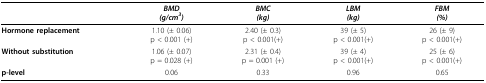
|  | BMD(g/cm3) | BMC(kg) | LBM(kg) | FBM(%) |
 | --- | --- | --- | --- | --- |
 | Hormone replacement | 1.10 (± 0.06)p < 0.001 (+) | 2.40 (± 0.3)p < 0.001(+) | 39 (± 5)p < 0.001(+) | 26 (± 9)p < 0.001(+) |
 | Without substitution | 1.06 (± 0.07)p = 0.028 (+) | 2.31 (± 0.4)p = 0.001 (+) | 39 (± 4)p < 0.001(+) | 25 (± 6)p < 0.001(+) |
 | p-level | 0.06 | 0.33 | 0.96 | 0.65 |